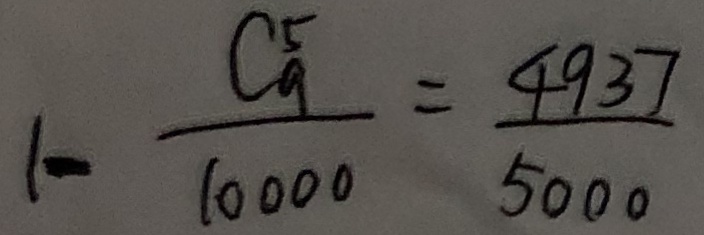
1 - \frac { C _ { 9 } ^ { 5 } } { 1 0 0 0 0 } = \frac { 4 9 3 7 } { 5 0 0 0 }